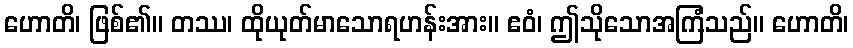
ဟောတိ၊ ဖြစ်၏။ တဿ၊ ထိုယုတ်မာသောရဟန်းအား။ ဧဝံ၊ ဤသိုသောအကြံသည်။ ဟောတိ၊